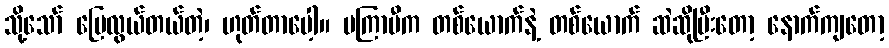
သို့သော် ပြေလွယ်တယ်တဲ့၊ ဟုတ်တာပေါ့။ မကြာမီက တစ်ယောက်နဲ့ တစ်ယောက် ဆဲဆိုပြီးတော့ နောက်ကျတော့